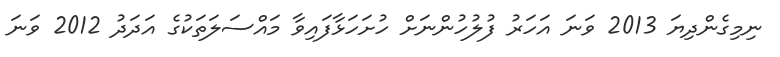
ނިމިގެންދިޔަ 2013 ވަނަ އަހަރު ފުލުހުންނަށް ހުށަހަޅާފައިވާ މައްސަލަތަކުގެ އަދަދު 2012 ވަނަ